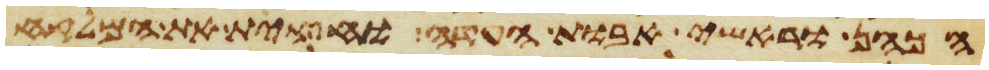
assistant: הכהן וראשי אבות העדה וחצית את המלקח